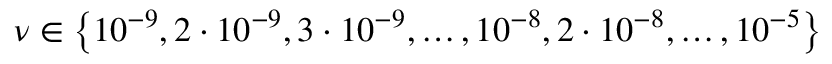
\nu \in \left\{ 1 0 ^ { - 9 } , 2 \cdot 1 0 ^ { - 9 } , 3 \cdot 1 0 ^ { - 9 } , \ldots , 1 0 ^ { - 8 } , 2 \cdot 1 0 ^ { - 8 } , \ldots , 1 0 ^ { - 5 } \right\}